Vaccination in Bombay 1856-1862 - 1856-1862
Year: 1856
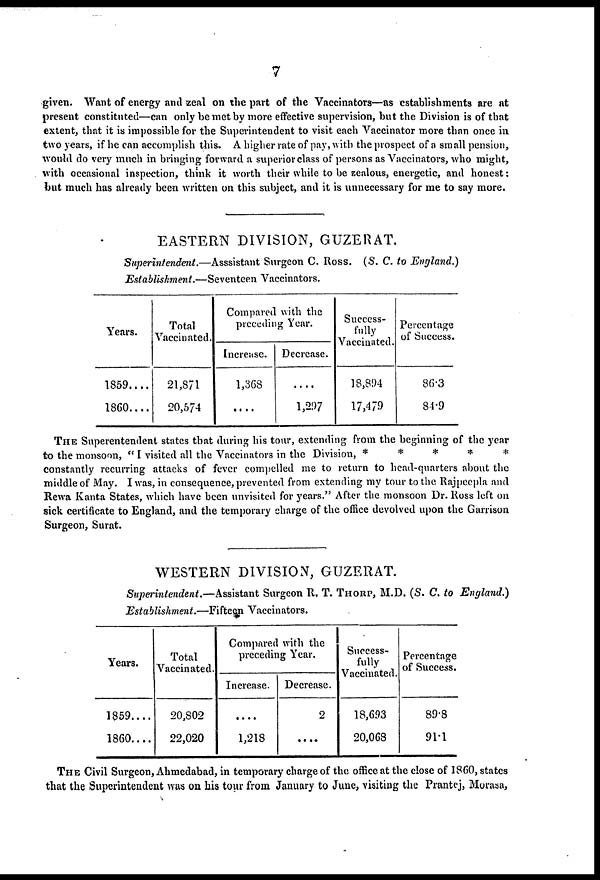
7
given. Want of energy and zeal on the part of the Vaccinators—as establishments are at
present constituted—can only be met by more effective supervision, but the Division is of that
extent, that it is impossible for the Superintendent to visit each Vaccinator more than once in
two years, if he can accomplish this. A higher rate of pay, with the prospect of a small pension,
would do very much in bringing forward a superior class of persons as Vaccinators, who might,
with occasional inspection, think it worth their while to be zealous, energetic, and honest:
but much has already been written on this subject, and it is unnecessary for me to say more.
EASTERN DIVISION, GUZERAT.
Superintendent.—Asssistant Surgeon C. Ross. (S. C. to England.)
Establishment.—Seventeen Vaccinators.
Years.
1859 . . . .
1860 . . . .
Total
Vaccinated.
21,871
20,574
Compared with the
preceding Year.
Increase.
1,368
....
Decrease.
....
1,297
Success-
fully
Vaccinated.
18,894
17,479
Percentage
of Success.
86.3
84.9
THE Superentendent states that during his tour, extending from the beginning of the year
to the monsoon, " I visited all the Vaccinators in the Division,
*****
constantly recurring attacks of fever compelled me to return to head-quarters about the
middle of May. I was, in consequence, prevented from extending my tour to the Rajpeepla and
Rewa Kanta States, which have been unvisited for years." After the monsoon Dr. Ross left on
sick certificate to England, and the temporary charge of the office devolved upon the Garrison
Surgeon, Surat.
WESTERN DIVISION, GUZERAT.
Superintendent.—Assistant Surgeon R. T. THORP, M.D. (S. C. to England.)
Establishment.—Fifteen Vaccinators.
Years.
1859....
1860....
Total
Vaccinated.
20,802
22,020
Compared with the
preceding Year.
Increase.
....
1,218
Decrease.
2
....
Success-
fully
Vaccinated.
18,693
20,068
Percentage
of Success.
89.8
91.1
THE Civil Surgeon, Ahmedabad, in temporary charge of the office at the close of 1860, states
that the Superintendent was on his tour from January to June, visiting the Prantej, Morasa,